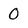
Character: O